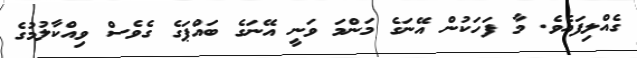
ގެއްލިފައެވެ. މާ ފަހަކުން އޭނަގެ މަންމަ ވަނީ އޭނަގެ ބައްޕަގެ ގެވެސް ވިއްކާލުމުގެ